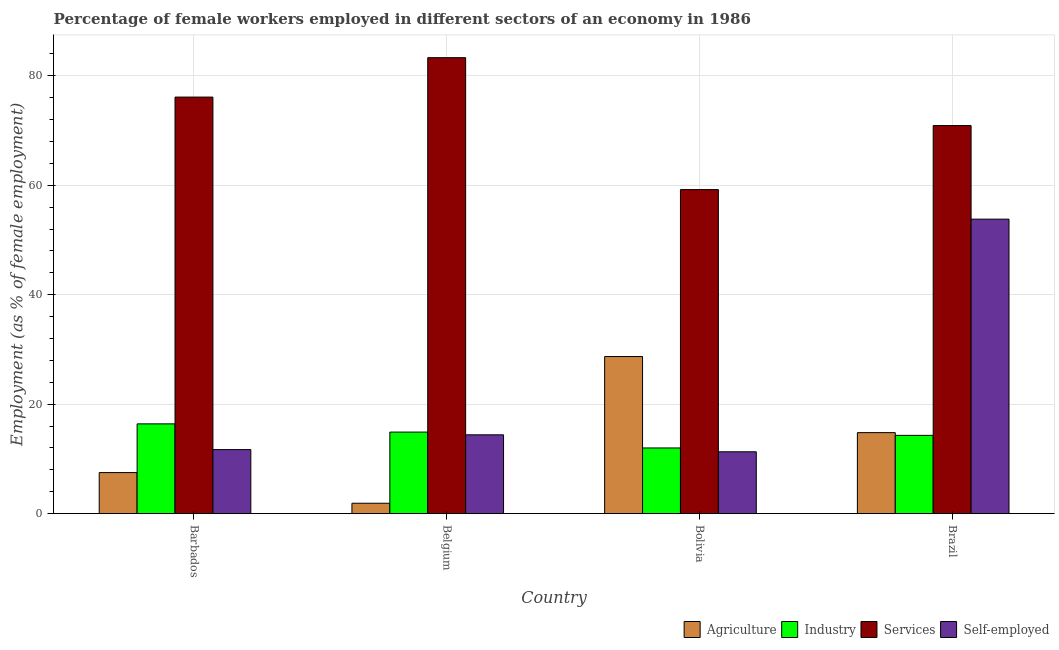
| Country | Agriculture | Industry | Services | Self-employed |
 | --- | --- | --- | --- | --- |
 | Barbados | 7.5 | 16.4 | 76.1 | 11.7 |
 | Belgium | 1.9 | 14.9 | 83.3 | 14.4 |
 | Bolivia | 28.7 | 12 | 59.2 | 11.3 |
 | Brazil | 14.8 | 14.3 | 70.9 | 53.8 |